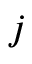
j